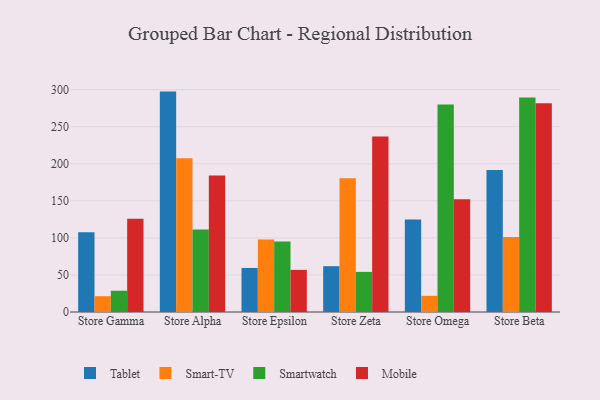
{"axis": {"x": "Store", "y": "Energy Usage (MWh)"}, "legend": ["Mobile", "Smart-TV", "Smartwatch", "Tablet"], "data": [{"x": "Store Gamma", "y": 107.5, "type": "Tablet"}, {"x": "Store Gamma", "y": 21.3, "type": "Smart-TV"}, {"x": "Store Gamma", "y": 28.7, "type": "Smartwatch"}, {"x": "Store Gamma", "y": 125.7, "type": "Mobile"}, {"x": "Store Alpha", "y": 297.3, "type": "Tablet"}, {"x": "Store Alpha", "y": 207.3, "type": "Smart-TV"}, {"x": "Store Alpha", "y": 111.2, "type": "Smartwatch"}, {"x": "Store Alpha", "y": 184.2, "type": "Mobile"}, {"x": "Store Epsilon", "y": 59.4, "type": "Tablet"}, {"x": "Store Epsilon", "y": 97.9, "type": "Smart-TV"}, {"x": "Store Epsilon", "y": 95.0, "type": "Smartwatch"}, {"x": "Store Epsilon", "y": 56.8, "type": "Mobile"}, {"x": "Store Zeta", "y": 61.8, "type": "Tablet"}, {"x": "Store Zeta", "y": 180.5, "type": "Smart-TV"}, {"x": "Store Zeta", "y": 54.1, "type": "Smartwatch"}, {"x": "Store Zeta", "y": 236.6, "type": "Mobile"}, {"x": "Store Omega", "y": 124.7, "type": "Tablet"}, {"x": "Store Omega", "y": 21.8, "type": "Smart-TV"}, {"x": "Store Omega", "y": 280.0, "type": "Smartwatch"}, {"x": "Store Omega", "y": 152.0, "type": "Mobile"}, {"x": "Store Beta", "y": 191.4, "type": "Tablet"}, {"x": "Store Beta", "y": 101.3, "type": "Smart-TV"}, {"x": "Store Beta", "y": 289.5, "type": "Smartwatch"}, {"x": "Store Beta", "y": 281.7, "type": "Mobile"}]}